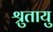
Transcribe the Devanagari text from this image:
श्रुतायु